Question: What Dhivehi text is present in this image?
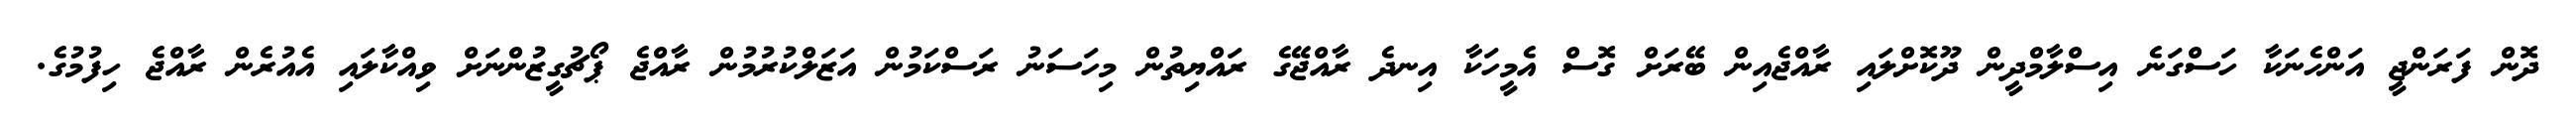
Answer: ދޮން ފަރަންޖީ އަންހެނަކާ ހަސްގަނެ އިސްލާމްދީން ދޫކޮށްލައި ރާއްޖެއިން ބޭރަށް ގޮސް އެމީހަކާ އިނދެ ރާއްޖޭގެ ރައްޔިތުން މިހަސަނު ރަސްކަމުން އަޒަލްކުރުމުން ރާއްޖެ ޕޯޗުގީޒުންނަށް ވިއްކާލައި އެއުރެން ރާއްޖެ ހިފުމުގެ.